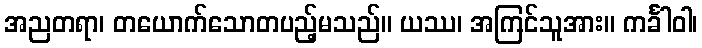
အညတရာ၊ တယောက်သောတပည့်မသည်။ ယဿ၊ အကြင်သူအား။ ကင်္ခါဝါ၊